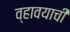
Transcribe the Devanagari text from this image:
व्हावयाची